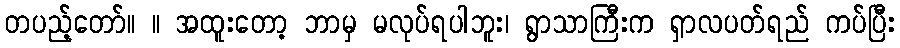
တပည့်တော်။ ။ အထူးတော့ ဘာမှ မလုပ်ရပါဘူး၊ ရွာသာကြီးက ရှာလပတ်ရည် ကပ်ပြီး